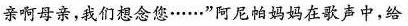
亲啊母亲，我们想念您……”阿尼帕妈妈在歌声中，给